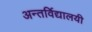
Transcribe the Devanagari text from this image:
अन्तर्विद्यालयी